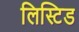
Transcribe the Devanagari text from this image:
लिस्टिड